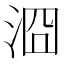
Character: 㴄